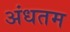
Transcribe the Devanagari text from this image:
अंधतम